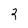
Character: 2